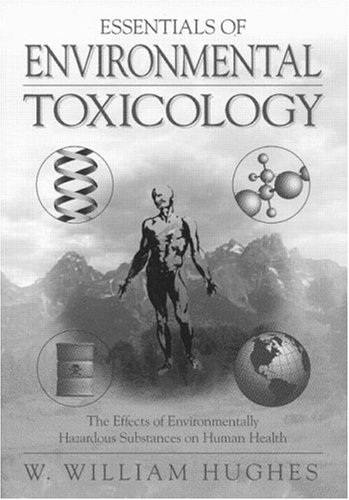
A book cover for Essentials Of Environmental Toxicology; William Hughes; Medical Books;